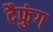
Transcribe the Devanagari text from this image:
दैफुंग